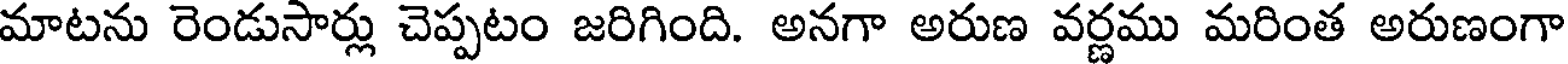
మాటను రెండుసార్లు చెప్పటం జరిగింది. అనగా అరుణ వర్ణము మరింత అరుణంగా